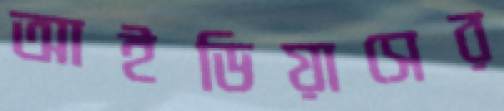
আইডিয়াসের